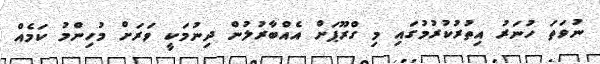
ނުވަތަ ހުނަރު އިތުރުކުރުމުގައި މި ގްރޫޕަށް އެއްބާރުލުން ދިނުމަކީ ވަރަށް މުހިންމު ކަމެއް